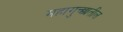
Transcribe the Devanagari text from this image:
महागुच्छातील